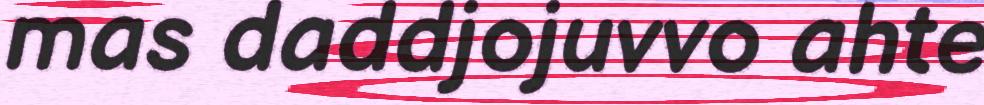
mas daddjojuvvo ahte